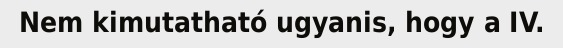
Nem kimutatható ugyanis, hogy a IV.